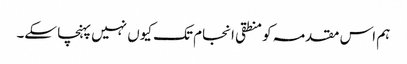
ہم اس مقدمہ کو منطقی انجام تک کیوں نہیں پہنچا سکے۔